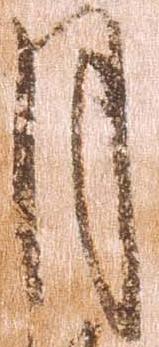
月